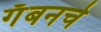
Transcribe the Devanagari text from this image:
गॅबनचे